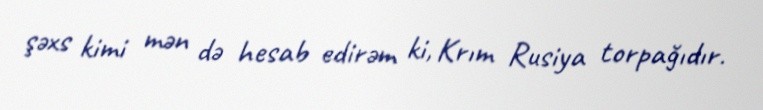
şəxs kimi mən də hesab edirəm ki, Krım Rusiya torpağıdır.